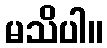
မသိပါ။